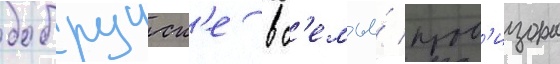
бобруиск'е в с'емье́ пров'изора